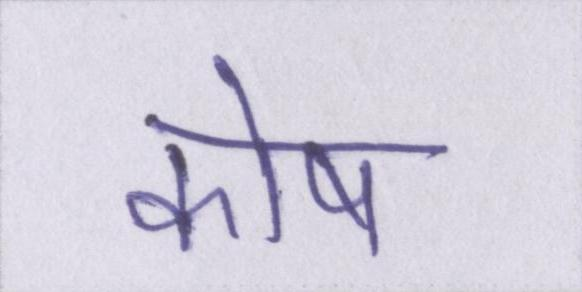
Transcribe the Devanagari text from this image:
कोष